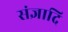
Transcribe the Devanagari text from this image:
संज्ञादि